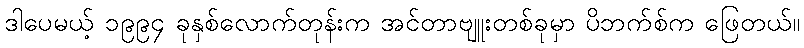
ဒါပေမယ့် ၁၉၉၄ ခုနှစ်လောက်တုန်းက အင်တာဗျူးတစ်ခုမှာ ပိဘက်စ်က ဖြေတယ်။